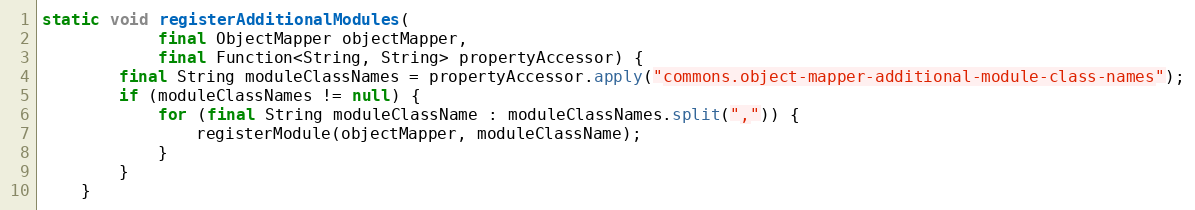
Language: Java
static void registerAdditionalModules(
            final ObjectMapper objectMapper,
            final Function<String, String> propertyAccessor) {
        final String moduleClassNames = propertyAccessor.apply("commons.object-mapper-additional-module-class-names");
        if (moduleClassNames != null) {
            for (final String moduleClassName : moduleClassNames.split(",")) {
                registerModule(objectMapper, moduleClassName);
            }
        }
    }